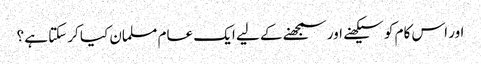
اور اس کام کو سیکھنے اور سمجھنے کے لیے ایک عام مسلمان کیا کرسکتا ہے ؟